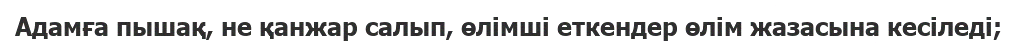
Адамға пышақ, не қанжар салып, өлімші еткендер өлім жазасына кесіледі;